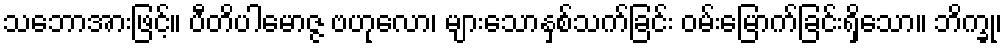
သဘောအားဖြင့်။ ပီတိပါမောဇ္ဇ ဗဟုလော၊ များသောနှစ်သက်ခြင်း ဝမ်းမြောက်ခြင်းရှိသော။ ဘိက္ခု၊